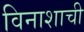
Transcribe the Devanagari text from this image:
विनाशाची